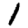
Digit: 1